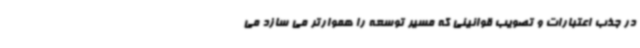
در جذب اعتبارات و تصویب قوانینی که مسیر توسعه را هموارتر می سازد می